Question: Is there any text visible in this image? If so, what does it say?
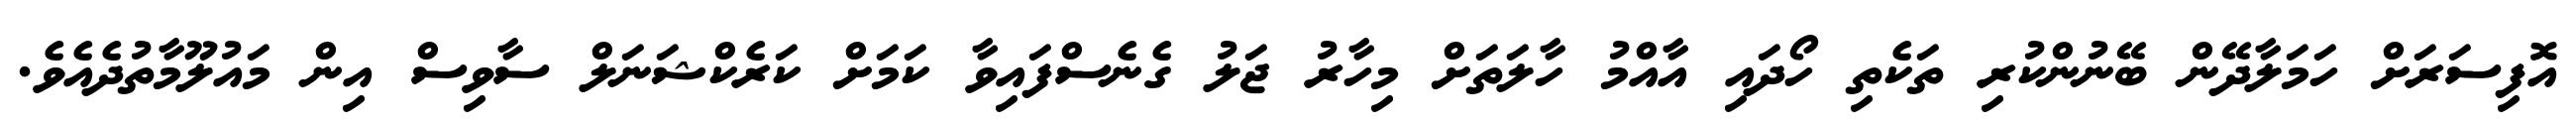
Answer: އޮފިސަރަށް ހަމަލާދޭން ބޭނުންކުރި ތަކެތި ހޯދައި އާއްމު ހާލަތަށް މިހާރު ޖަލު ގެނެސްފައިވާ ކަމަށް ކަރެކްޝަނަލް ސާވިސް އިން މައުލޫމާތުދެއެވެ.